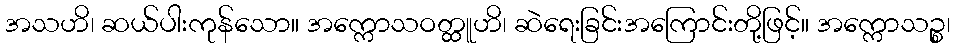
အသဟိ၊ ဆယ်ပါးကုန်သော။ အက္ကောသဝတ္ထူဟိ၊ ဆဲရေးခြင်းအကြောင်းတို့ဖြင့်။ အက္ကောသဉ္စ၊